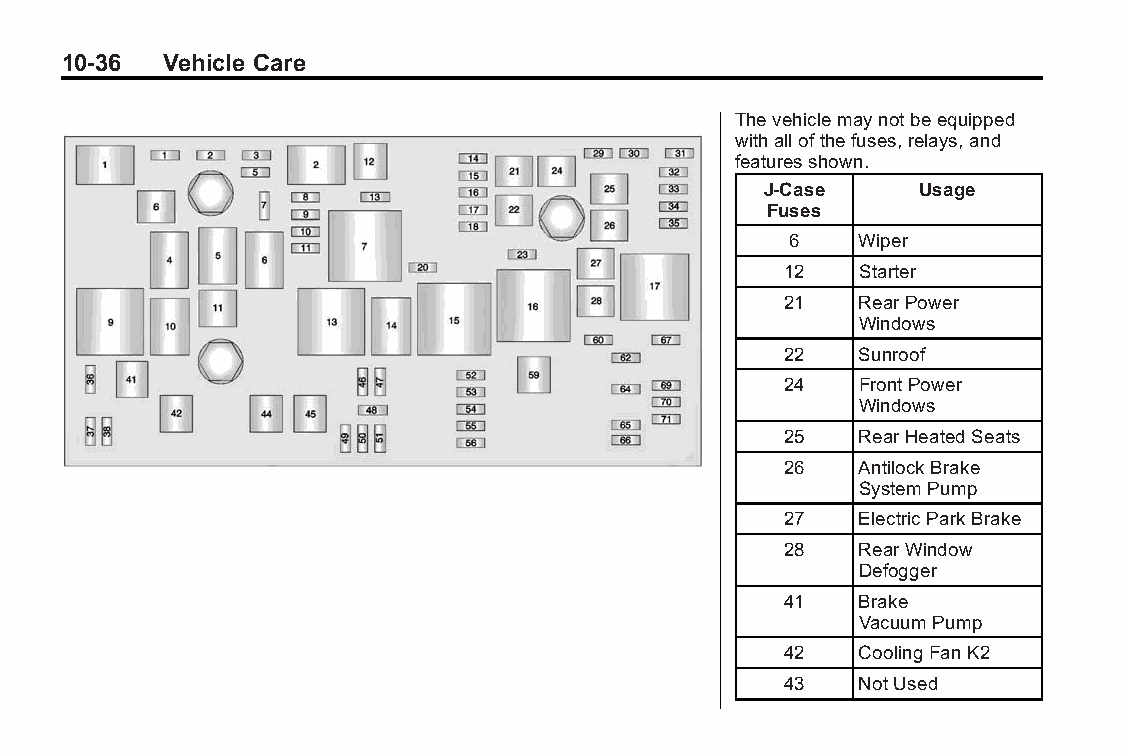
Buick LaCrosse Owner Manual (GMNA-Localizing-U.S./Canada/Mexico- Blackplate(36,1)
 6043609)-2014-2ndEdition-10/17/13
 10-36  Vehicle Care
 Thevehiclemaynotbeequipped
 withallofthefuses,relays,and
 featuresshown.
 J-Case     Usage
 Fuses
 6    Wiper
 12   Starter
 21   RearPower
 Windows
 22   Sunroof
 24   FrontPower
 Windows
 25   RearHeatedSeats
 26   AntilockBrake
 SystemPump
 27   ElectricParkBrake
 28   RearWindow
 Defogger
 41   Brake
 VacuumPump
 42   CoolingFanK2
 43   NotUsed